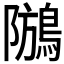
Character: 𪁢